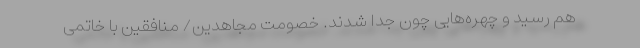
هم رسید و چهره‌هایی چون جدا شدند. خصومت مجاهدین/ منافقین با خاتمی